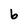
Character: b